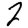
Digit: 2